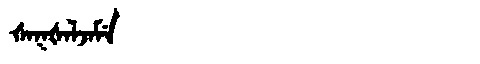
Manchu: ᡧᠠᡴᡧᠠᠯᠵᠠᠮᡝ
Romanization: ŠAKŠALJAME